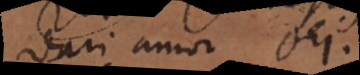
dari amor Dei.